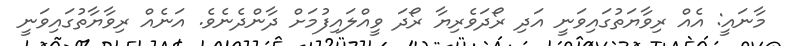
މާނައީ: އެއް ރިވާޔަތުގައިވަނީ އަދި ރޯދަވެރިޔާ ރޯދަ ވީއްލައިފުމަށް ދާންދެނެވެ. އަނެއް ރިވާޔާތުގައިވަނީ